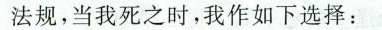
法规，当我死之时，我作如下选择